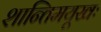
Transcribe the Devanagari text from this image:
शान्तिमयूखः